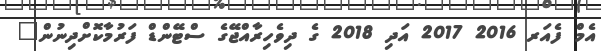
އެމް ފެއަރ 2016 2017 އަދި 2018 ގެ ދިވެހިރާއްޖޭގެ ސްޓޭންޑް ފަރުމާކޮށްދިނުން"